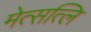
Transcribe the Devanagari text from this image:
मेत्सत्लि